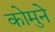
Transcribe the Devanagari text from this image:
कोमुने